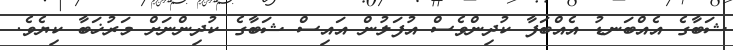
ޝަބާގެ އެއްބަނޑު އެއްބަފާ ކުދިންވެސް އުފަލުން އައިސް ޝަބާގެ ކުދިންނަށް މަރުޚަބާ ކިޔެވެ.